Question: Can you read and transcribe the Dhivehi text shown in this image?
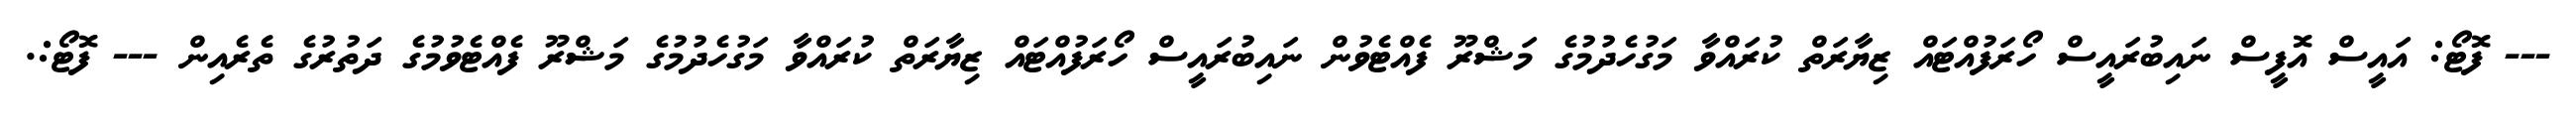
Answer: --- ފޮޓޯ: އައީސް އޮފީސް ނައިބުރައީސް ހޯރަފުއްޓައް ޒިޔާރަތް ކުރައްވާ މަގުހެދުމުގެ މަޝްރޫ ފެއްޓެވުން ނައިބުރައީސް ހޯރަފުއްޓައް ޒިޔާރަތް ކުރައްވާ މަގުހެދުމުގެ މަޝްރޫ ފެއްޓެވުމުގެ ދަތުރުގެ ތެރެއިން --- ފޮޓޯ:.